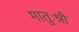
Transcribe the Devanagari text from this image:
मातुःश्री